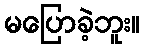
မပြောခဲ့ဘူး။